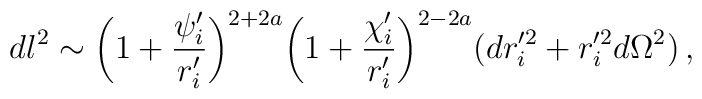
dl^{2}\sim \biggl (1+\frac{\psi_{i}^{\prime}}{r_{i}^{\prime}}\biggr )^{2+2a}\biggl (1 +\frac{\chi_{i}^{\prime}}{r_{i}^{\prime}} \biggr )^{2-2a}(dr_{i}^{\prime 2} +r_{i}^{\prime 2}d\Omega^{2})\, ,